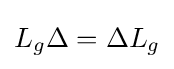
L_{g}\Delta =\Delta L_{g}